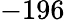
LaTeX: -196